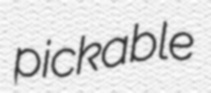
pickable